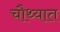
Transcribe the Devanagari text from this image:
चौथ्यात